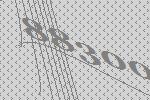
88300